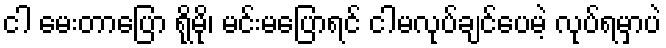
ငါ မေးတာပြော ရိုမို၊ မင်းမပြောရင် ငါမလုပ်ချင်ပေမဲ့ လုပ်ရမှာပဲ